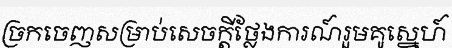
ច្រកចេញសម្រាប់សេចក្តីថ្លែងការណ៍រួមគូស្នេហ៍